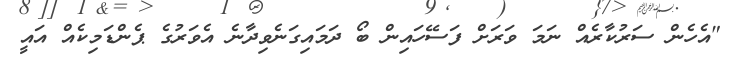
"އެހެން ސަރުކާރެއް ނަމަ ވަރަށް ފަސޭހައިން ބޯ ދަމައިގަނެވިދާނެ އެވަރުގެ ޕެންޑަމިކެއް އައީ